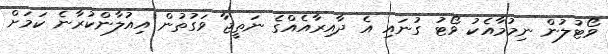
ވޯޓުލުން ނިމުމާއެކު ވޯޓު ގުނައި އެ ދާއިރާއެއްގެ ނަތީޖާ ވަގުތުން އިއުލާންކުރާނެ ކަމަށް